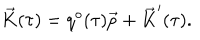
LaTeX: \vec { K } ( \tau ) = q ^ { o } ( \tau ) \vec { p } + \vec { K } ^ { \prime } ( \tau ) .